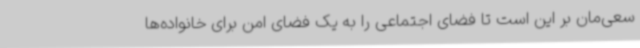
سعی‌مان بر این است تا فضای اجتماعی را به یک فضای امن برای خانواده‌ها